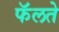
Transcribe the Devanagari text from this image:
फॅलते